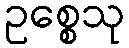
ဥစ္စေသု